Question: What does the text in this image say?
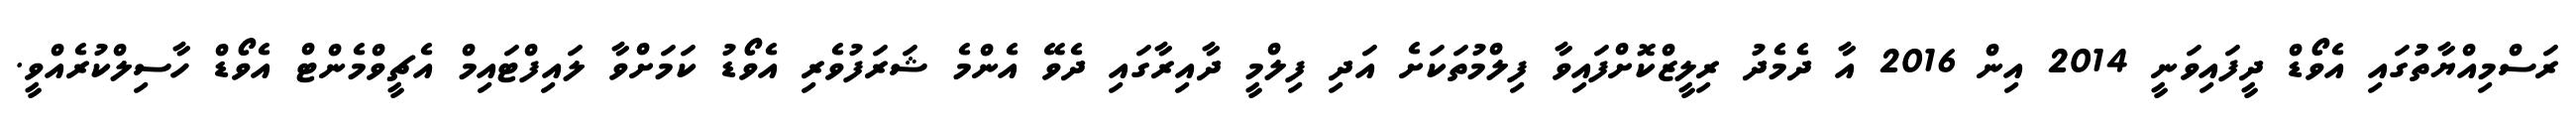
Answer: ރަސްމިއްޔާތުުގައި އެވޯޑް ދީފައިވަނީ 2014 އިން 2016 އާ ދެމެދު ރިލީޒްކޮށްފައިވާ ފިލްމުތަކަށެ އަދި ފިލްމީ ދާއިރާގައި ދެވޭ އެންމެ ޝަރަފުވެރި އެވޯޑު ކަމަށްވާ ލައިފްޓައިމް އެޗީވްމެންޓް އެވޯޑް ހާސިލްކުރެއްވީ.